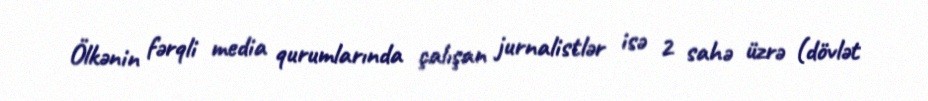
Ölkənin fərqli media qurumlarında çalışan jurnalistlər isə 2 sahə üzrə (dövlət